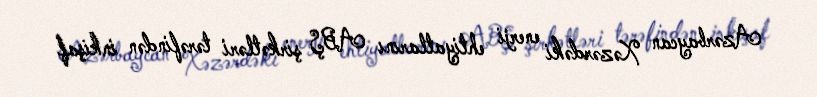
Azərbaycan Xəzərdəki enerji ehtiyatlarını ABŞ şirkətləri tərəfindən inkişaf